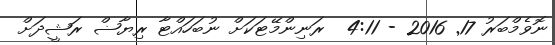
ނޮވެމްބަރު 17